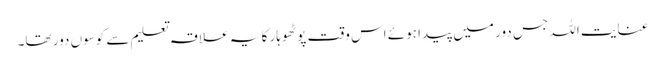
عنایت اللہ جس دور میں پیدا ہوئے اس وقت پوٹھوہار کا یہ علاقہ تعلیم سے کوسوں دور تھا۔